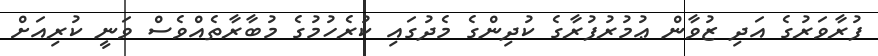
ފުރާވަރުގެ އަދި ޒުވާން ޢުމުރުފުރާގެ ކުދިންގެ މެދުގައި ކުރެހުމުގެ މުބާރާތެއްވެސް ވަނީ ކުރިއަށް